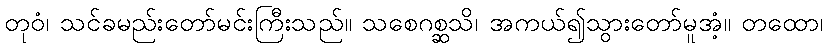
တုဝံ၊ သင်ခမည်းတော်မင်းကြီးသည်။ သစေဂစ္ဆသိ၊ အကယ်၍သွားတော်မူအံ့။ တထော၊